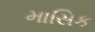
માસિક